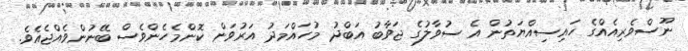
ނޫސްވެރިއެއްގެ ހައިސިއްޔަތުން އެ ސުވާލުގެ ޖަވާބު އަބްދު މުހައްމަދު އަރުވަން ކޮންމެހެންވެސް ބޭނުންވެއްޖެއެވެ.